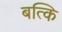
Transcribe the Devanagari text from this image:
बत्कि